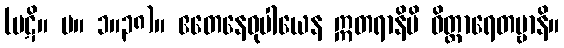
(ပဋိ။ မ။ ၁။၃၈)။ ဧတေနေဝုပါယေန ဣတရာနိပိ ဝိတ္ထာရေတဗ္ဗာနိ။